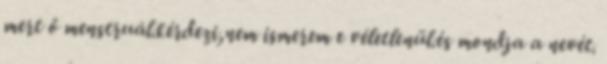
mert ő menstruál.kérdezi,nem ismerem e véletlenül.és mondja a nevét.